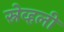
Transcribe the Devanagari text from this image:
स्नेव्हली